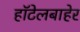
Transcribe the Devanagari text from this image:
हॉटेलबाहेर